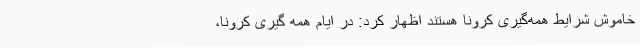
خاموش شرایط همه‌گیری کرونا هستند اظهار کرد: در ایام همه گیری کرونا،